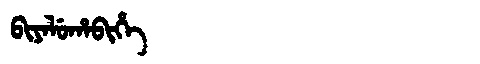
Manchu: ᠪᡳᠶᠠᠯᡠᡥᠠᠪᡳᡥᡝ
Romanization: BIYALUHABIHE